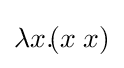
\lambda x.\!(x\;x)